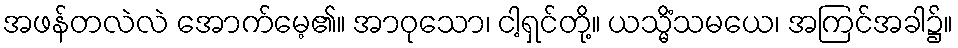
အဖန်တလဲလဲ အောက်မေ့၏။ အာဝုသော၊ ငါ့ရှင်တို့။ ယသ္မိံသမယေ၊ အကြင်အခါ၌။